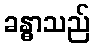
ခန္ဓာသည်